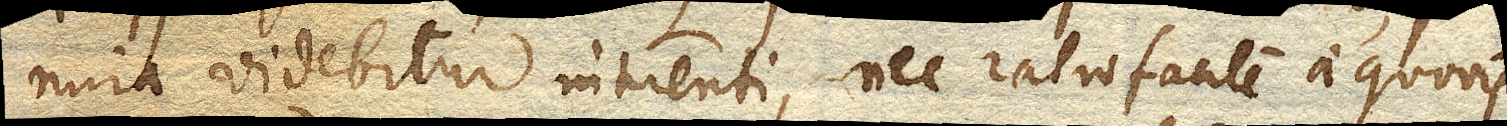
mira videbitur intuenti, nec ratio facile a quovis